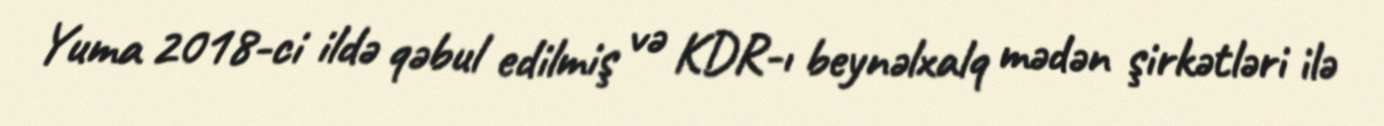
Yuma 2018-ci ildə qəbul edilmiş və KDR-ı beynəlxalq mədən şirkətləri ilə